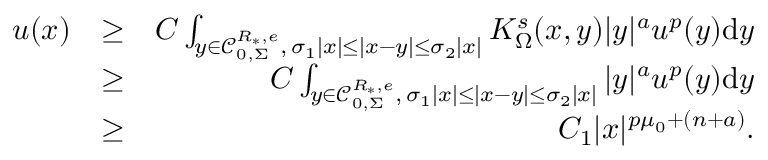
\begin{array} { r l r } { u ( x ) } & { \geq } & { C \int _ { y \in \mathcal C _ { 0 , \Sigma } ^ { R _ { \ast } , e } , \, \sigma _ { 1 } | x | \leq | x - y | \leq \sigma _ { 2 } | x | } K _ { \Omega } ^ { s } ( x , y ) | y | ^ { a } u ^ { p } ( y ) \mathrm d y } \\ & { \geq } & { C \int _ { y \in \mathcal C _ { 0 , \Sigma } ^ { R _ { \ast } , e } , \, \sigma _ { 1 } | x | \leq | x - y | \leq \sigma _ { 2 } | x | } | y | ^ { a } u ^ { p } ( y ) \mathrm d y } \\ & { \geq } & { C _ { 1 } | x | ^ { p \mu _ { 0 } + ( n + a ) } . } \end{array}